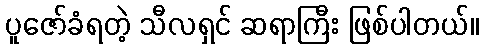
ပူဇော်ခံရတဲ့ သီလရှင် ဆရာကြီး ဖြစ်ပါတယ်။